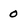
Character: 0